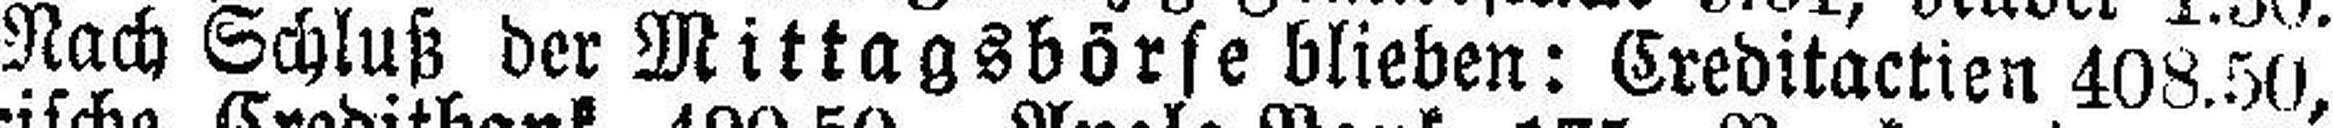
Nach Schluß der Mittagsbörse blieben: Creditactien 408.50,